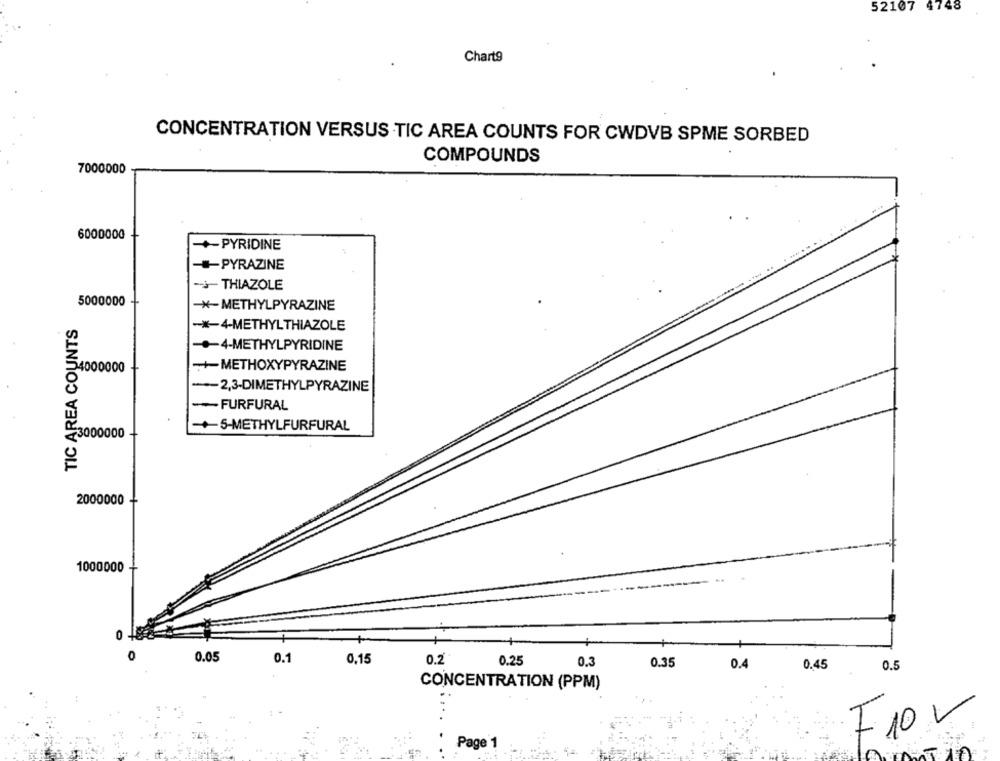
52107 4748
Chart9
CONCENTRATION VERSUS TIC AREA COUNTS FOR CWDVB SPME SORBED
COMPOUNDS
7000000
6000000
+-PYRIDINE
-PYRAZINE
- THIAZOLE
5000000
-*- METHYLPYRAZINE
TIC AREA COUNTS
-*- 4-METHYLTHIAZOLE
-- 4-METHYLPYRIDINE
-+METHOXYPYRAZINE
54000000
-2,3-DIMETHYLPYRAZINE
1
-- FURFURAL
-+5-METHYLFURFURAL
23000000
2000000
1000000
0
0.05
0.1
0,15
0.2
0.25
0.3
0.35
0.4
0.45
0.5
CONCENTRATION (PPM)
F10-
Page 1